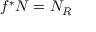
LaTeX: f ^ { * } N = N _ { R }